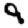
Digit: 9